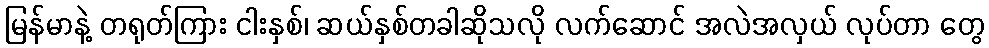
မြန်မာနဲ့ တရုတ်ကြား ငါးနှစ်၊ ဆယ်နှစ်တခါဆိုသလို လက်ဆောင် အလဲအလှယ် လုပ်တာ တွေ